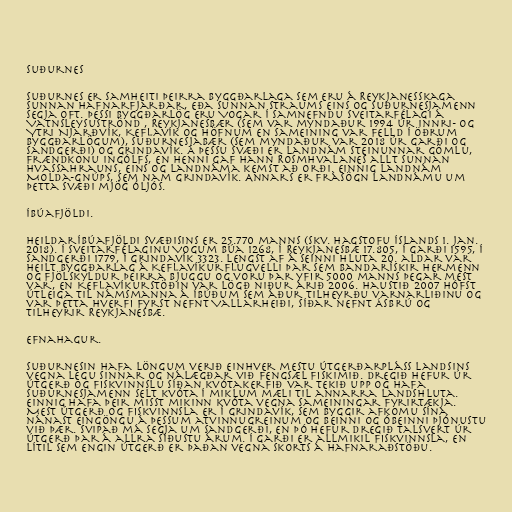
Suðurnes

Suðurnes er samheiti þeirra byggðarlaga sem eru á Reykjanesskaga
sunnan Hafnarfjarðar, eða sunnan Straums eins og Suðurnesjamenn
segja oft. Þessi byggðarlög eru Vogar í samnefndu sveitarfélagi á
Vatnsleysuströnd , Reykjanesbær (sem var myndaður 1994 úr Innri- og
Ytri Njarðvík, Keflavík og Höfnum en sameining var felld í öðrum
byggðarlögum), Suðurnesjabær (sem myndaður var 2018 úr Garði og
Sandgerði) og Grindavík. Á þessu svæði er landnám Steinunnar gömlu,
frændkonu Ingólfs, en henni gaf hann Rosmhvalanes allt sunnan
Hvassahrauns, eins og Landnáma kemst að orði. Einnig landnám
Molda-Gnúps, sem nam Grindavík. Annars er frásögn Landnámu um
þetta svæði mjög óljós.

Íbúafjöldi.

Heildaríbúafjöldi svæðisins er 25.770 manns (skv. Hagstofu Íslands 1. jan.
2018). Í Sveitarfélaginu Vogum búa 1268, í Reykjanesbæ 17.805, í Garði 1595, í
Sandgerði 1779, í Grindavík 3323. Lengst af á seinni hluta 20. aldar var
heilt byggðarlag á Keflavíkurflugvelli þar sem bandarískir hermenn
og fjölskyldur þeirra bjuggu og voru þar yfir 5000 manns þegar mest
var, en Keflavíkurstöðin var lögð niður árið 2006. Haustið 2007 hófst
útleiga til námsmanna á íbúðum sem áður tilheyrðu varnarliðinu og
var þetta hverfi fyrst nefnt Vallarheiði, síðar nefnt Ásbrú og
tilheyrir Reykjanesbæ.

Efnahagur.

Suðurnesin hafa löngum verið einhver mestu útgerðarpláss landsins
vegna legu sinnar og nálægðar við fengsæl fiskimið. Dregið hefur úr
útgerð og fiskvinnslu síðan kvótakerfið var tekið upp og hafa
Suðurnesjamenn selt kvóta í miklum mæli til annarra landshluta.
Einnig hafa þeir misst mikinn kvóta vegna sameiningar fyrirtækja.
Mest útgerð og fiskvinnsla er í Grindavík, sem byggir afkomu sína
nánast eingöngu á þessum atvinnugreinum og beinni og óbeinni þjónustu
við þær. Svipað má segja um Sandgerði, en þó hefur dregið talsvert úr
útgerð þar á allra síðustu árum. Í Garði er allmikil fiskvinnsla, en
lítil sem engin útgerð er þaðan vegna skorts á hafnaraðstöðu.